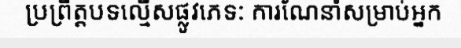
ប្រព្រឹត្តបទល្មើសផ្លូវភេទ: ការណែនាំសម្រាប់អ្នក